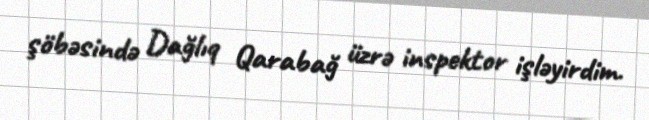
şöbəsində Dağlıq Qarabağ üzrə inspektor işləyirdim.